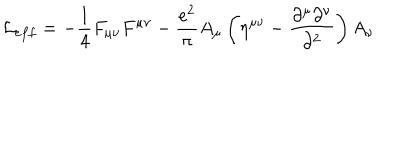
{ \cal L } _ { e f f } = - { \frac { 1 } { 4 } } F _ { \mu \nu } F ^ { \mu \nu } - { \frac { e ^ { 2 } } { \pi } } A _ { \mu } \left( \eta ^ { \mu \nu } - { \frac { \partial ^ { \mu } \partial ^ { \nu } } { \partial ^ { 2 } } } \right) A _ { \nu }